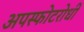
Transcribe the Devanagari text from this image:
अपस्फोटरोधी